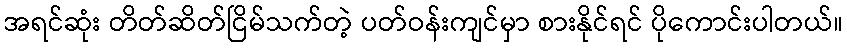
အရင်ဆုံး တိတ်ဆိတ်ငြိမ်သက်တဲ့ ပတ်ဝန်းကျင်မှာ စားနိုင်ရင် ပိုကောင်းပါတယ်။